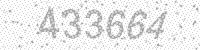
Solution: 433664